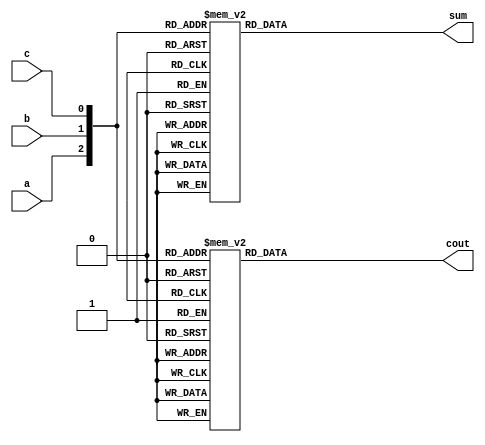
module FA_bhv(a,b,c,sum,cout);
input a,b,c;
output reg sum,cout;

always@(*)
begin
//FA input for sum
case ({a,b,c})
3'b000: sum=0;
3'b001: sum=1;
3'b010: sum=1;
3'b011: sum=0;
3'b100: sum=1;
3'b101: sum=0;
3'b110: sum=0;
3'b111: sum=1;
default: sum=0;
endcase

// Full Adder carry 
case ({a,b,c})
3'b000: cout=0;
3'b001: cout=0;
3'b010: cout=0;
3'b011: cout=1;
3'b100: cout=0;
3'b101: cout=1;
3'b110: cout=1;
3'b111: cout=1;
default: cout=0;
endcase
end

endmodule